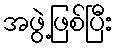
အဖွဲ့ဖြစ်ပြီး